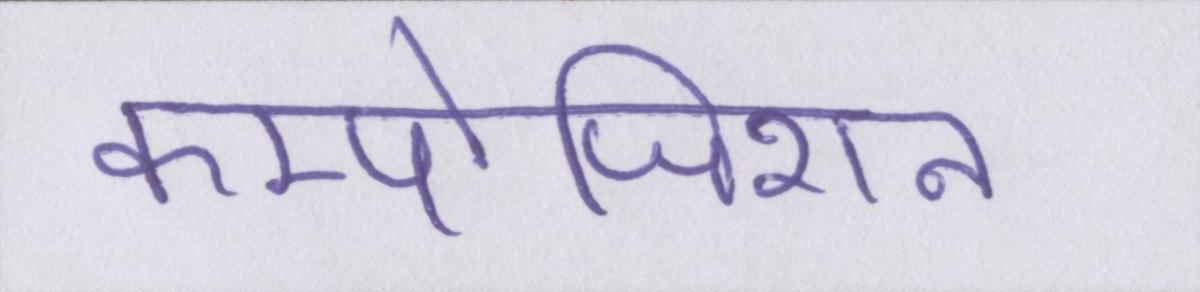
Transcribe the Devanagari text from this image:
कम्पोजिशन